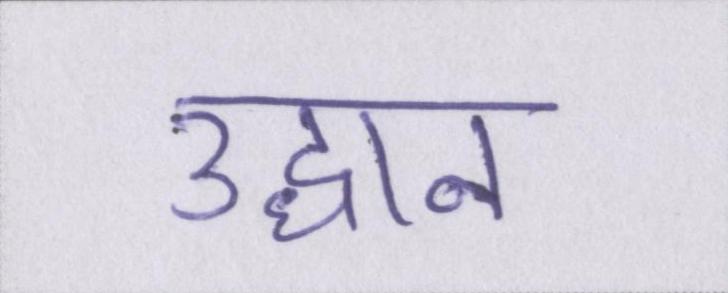
उद्धान